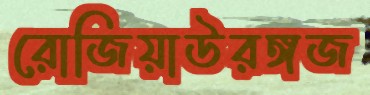
রোজিয়াউরঙ্গজ